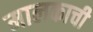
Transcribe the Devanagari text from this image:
मालकाची